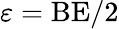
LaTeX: \varepsilon=\textrm{BE}/2